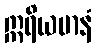
ဣရိယမာနံ